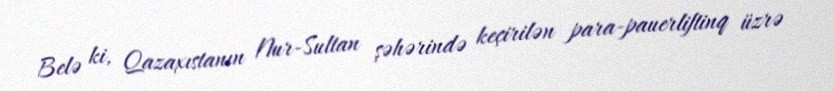
Belə ki, Qazaxıstanın Nur-Sultan şəhərində keçirilən para-pauerliftinq üzrə